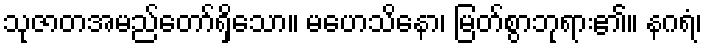
သုဇာတအမည်တော်ရှိသော။ မဟေသိနော၊ မြတ်စွာဘုရား၏။ နဂရံ၊